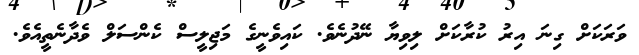
ވަރަކަށް ގިނަ އިރު ކުރާކަށް ލިވިޔާ ނޭދުނެވެ. ކައިވެނީގެ މަޖިލީސް ކެންސަލް ވެދާނެތީއެވެ.